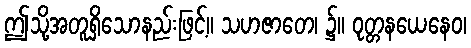
ဤသို့အတူရှိသောနည်းဖြင့်။ သဟဇာတေ၊ ၌။ ဝုတ္တနယေနေဝ၊